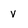
Character: V